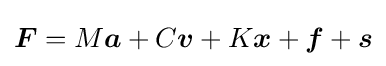
{\boldsymbol {F}}=M{\boldsymbol {a}}+C{\boldsymbol {v}}+K{\boldsymbol {x}}+{\boldsymbol {f}}+{\boldsymbol {s}}